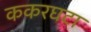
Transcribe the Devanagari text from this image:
ककरघटा